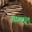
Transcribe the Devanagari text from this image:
सारामृत